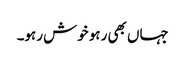
جہاں بھی رہو خوش رہو۔